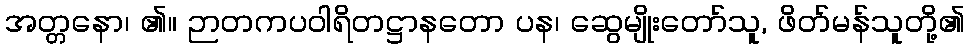
အတ္တနော၊ ၏။ ဉာတကပဝါရိတဋ္ဌာနတော ပန၊ ဆွေမျိုးတော်သူ, ဖိတ်မန်သူတို့၏